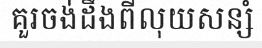
គួរចង់ដឹងពីលុយសន្សំ